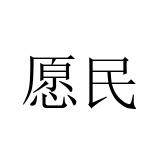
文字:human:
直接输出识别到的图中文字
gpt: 愿民